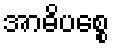
အာဓိပစ္စေ